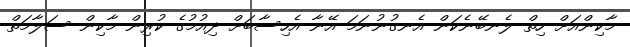
މާކިންއަށް ހިތް ލެނބޭނެކަން އެނގުނުނަމަ އޭނާ އެހިސާބަށް ދިއުމުގެ ކުރިން މާކިން ސަލާމަތް